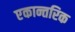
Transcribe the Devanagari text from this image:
एकान्तरिक